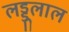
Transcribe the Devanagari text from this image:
लड्डूलाल